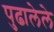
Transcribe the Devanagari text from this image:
पुढालेले